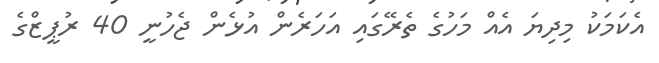
އެކަމަކު މިދިޔަ އެއް މަހުގެ ތެރޭގައި އަހަރެން އުޅެން ޖެހުނީ 40 ރުޕީޒްގެ